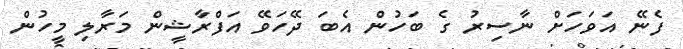
ފެނޭ އަވަހަށް ނާސިރު ގެ ބަހުން އެބަ ދޭހަވޭ އަފްރާޝީން މަރާލި މީހުން